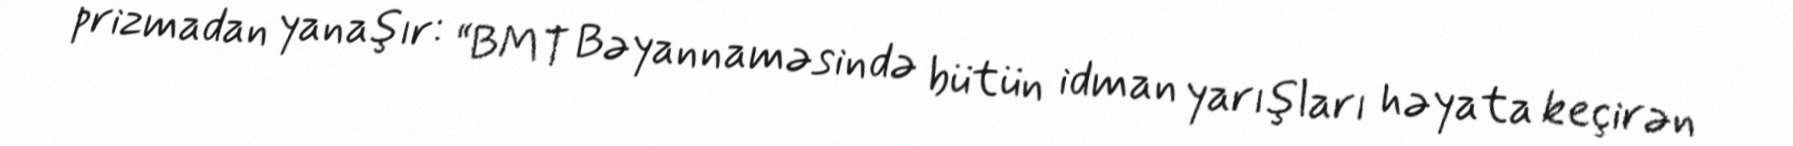
prizmadan yanaşır: “BMT Bəyannaməsində bütün idman yarışları həyata keçirən